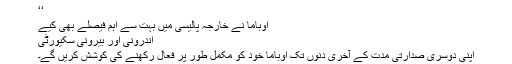
‘‘
اوباما نے خارجہ پالیسی میں بہت سے اہم فیصلے بھی کیے
اندرونی اور بیرونی سکیورٹی
اپنی دوسری صدارتی مُدت کے آخری دنوں تک اوباما خود کو مکمل طور پر فعال رکھنے کی کوشش کریں گے۔